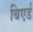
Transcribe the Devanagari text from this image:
बिएर्ड